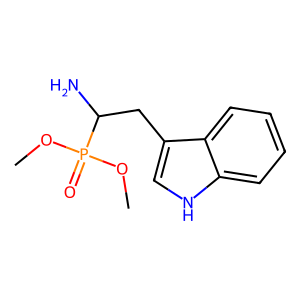
SMILES: COP(=O)(OC)C(N)Cc1c[nH]c2ccccc12
Inhibits HIV replication: No